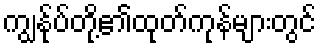
ကျွန်ုပ်တို့၏ထုတ်ကုန်များတွင်